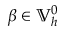
\beta \in \mathbb { V } _ { h } ^ { 0 }